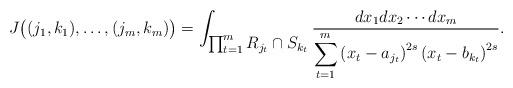
LaTeX: \begin{align*}J\bigl((j_1,k_1),\ldots, (j_m,k_m)\bigr)=\int_{\textstyle\prod_{t=1}^mR_{j_{t}}\cap S_{k_{t}} }\frac{dx_1dx_2\cdots dx_m}{\displaystyle\sum_{t=1}^{m}\left(x_t-a_{j_t}\right)^{2s}\left(x_t-b_{k_t}\right)^{2s}}. \end{align*}